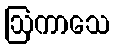
ဩကာသေ